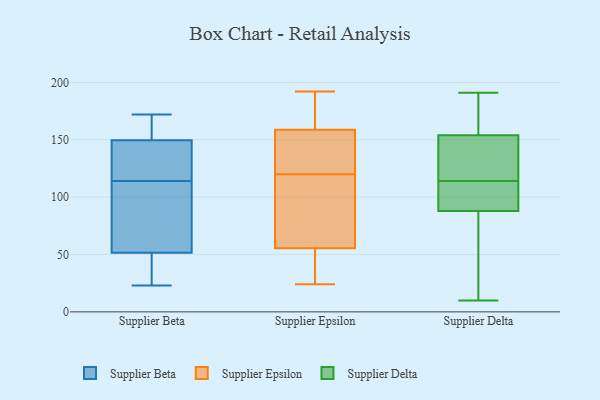
{"axis": {"x": "Operating Costs (USD K)", "y": "Value"}, "legend": ["Supplier Beta", "Supplier Delta", "Supplier Epsilon"], "data": [{"x": "", "y": 43, "type": "Supplier Beta"}, {"x": "", "y": 27, "type": "Supplier Beta"}, {"x": "", "y": 119, "type": "Supplier Beta"}, {"x": "", "y": 106, "type": "Supplier Beta"}, {"x": "", "y": 63, "type": "Supplier Beta"}, {"x": "", "y": 131, "type": "Supplier Beta"}, {"x": "", "y": 150, "type": "Supplier Beta"}, {"x": "", "y": 39, "type": "Supplier Beta"}, {"x": "", "y": 159, "type": "Supplier Beta"}, {"x": "", "y": 59, "type": "Supplier Beta"}, {"x": "", "y": 172, "type": "Supplier Beta"}, {"x": "", "y": 154, "type": "Supplier Beta"}, {"x": "", "y": 49, "type": "Supplier Beta"}, {"x": "", "y": 130, "type": "Supplier Beta"}, {"x": "", "y": 23, "type": "Supplier Beta"}, {"x": "", "y": 114, "type": "Supplier Beta"}, {"x": "", "y": 148, "type": "Supplier Beta"}, {"x": "", "y": 154, "type": "Supplier Beta"}, {"x": "", "y": 60, "type": "Supplier Beta"}, {"x": "", "y": 116, "type": "Supplier Epsilon"}, {"x": "", "y": 152, "type": "Supplier Epsilon"}, {"x": "", "y": 135, "type": "Supplier Epsilon"}, {"x": "", "y": 36, "type": "Supplier Epsilon"}, {"x": "", "y": 120, "type": "Supplier Epsilon"}, {"x": "", "y": 48, "type": "Supplier Epsilon"}, {"x": "", "y": 24, "type": "Supplier Epsilon"}, {"x": "", "y": 87, "type": "Supplier Epsilon"}, {"x": "", "y": 44, "type": "Supplier Epsilon"}, {"x": "", "y": 128, "type": "Supplier Epsilon"}, {"x": "", "y": 192, "type": "Supplier Epsilon"}, {"x": "", "y": 78, "type": "Supplier Epsilon"}, {"x": "", "y": 161, "type": "Supplier Epsilon"}, {"x": "", "y": 161, "type": "Supplier Epsilon"}, {"x": "", "y": 163, "type": "Supplier Epsilon"}, {"x": "", "y": 83, "type": "Supplier Delta"}, {"x": "", "y": 87, "type": "Supplier Delta"}, {"x": "", "y": 114, "type": "Supplier Delta"}, {"x": "", "y": 157, "type": "Supplier Delta"}, {"x": "", "y": 91, "type": "Supplier Delta"}, {"x": "", "y": 96, "type": "Supplier Delta"}, {"x": "", "y": 145, "type": "Supplier Delta"}, {"x": "", "y": 179, "type": "Supplier Delta"}, {"x": "", "y": 10, "type": "Supplier Delta"}, {"x": "", "y": 135, "type": "Supplier Delta"}, {"x": "", "y": 191, "type": "Supplier Delta"}]}